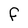
Character: F